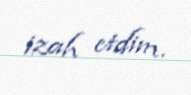
izah etdim.